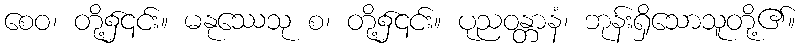
စေဝ၊ တို့၌၎င်း။ မနုဿေသု စ၊ တို့၌၎င်း။ ပုညဝန္တာနံ၊ ဘုန်းရှိသောသူတို့၏။